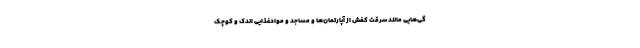
گی‌هایی مانند سرقت کفش از آپارتمان‌ها و مساجد و موادغذایی اندک و کوچک